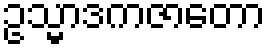
ဥသ္မာဒကဇာတော